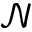
\mathcal { N }